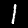
Digit: 1